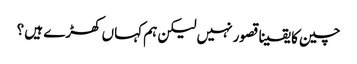
چین کا یقینا قصور نہیں لیکن ہم کہاں کھڑے ہیں ؟